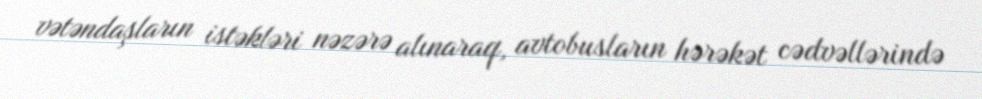
vətəndaşların istəkləri nəzərə alınaraq, avtobusların hərəkət cədvəllərində